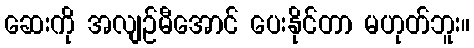
ဆေးကို အလျဉ်မီအောင် ပေးနိုင်တာ မဟုတ်ဘူး။